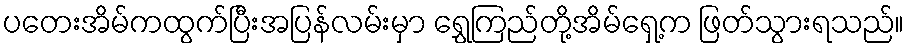
ပတေးအိမ်ကထွက်ပြီးအပြန်လမ်းမှာ ရွှေကြည်တို့အိမ်ရှေ့က ဖြတ်သွားရသည်။